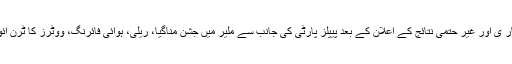
الیکشن نتائج کا غیر سرکار ی اور غیر حتمی نتائج کے اعلان کے بعد پیپلز پارٹی کی جانب سے ملیر میں جشن مناگیا، ریلی، ہوائی فائرنگ، ووٹرز کا ٹرن آئوٹ حیران حد تک کم رہا۔